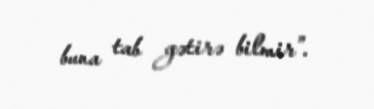
buna tab gətirə bilmir”.